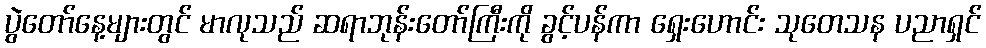
ပွဲတော်နေ့များတွင် မာလုသည် ဆရာဘုန်းတော်ကြီးကို ခွင့်ပန်ကာ ရှေးဟောင်း သုတေသန ပညာရှင်